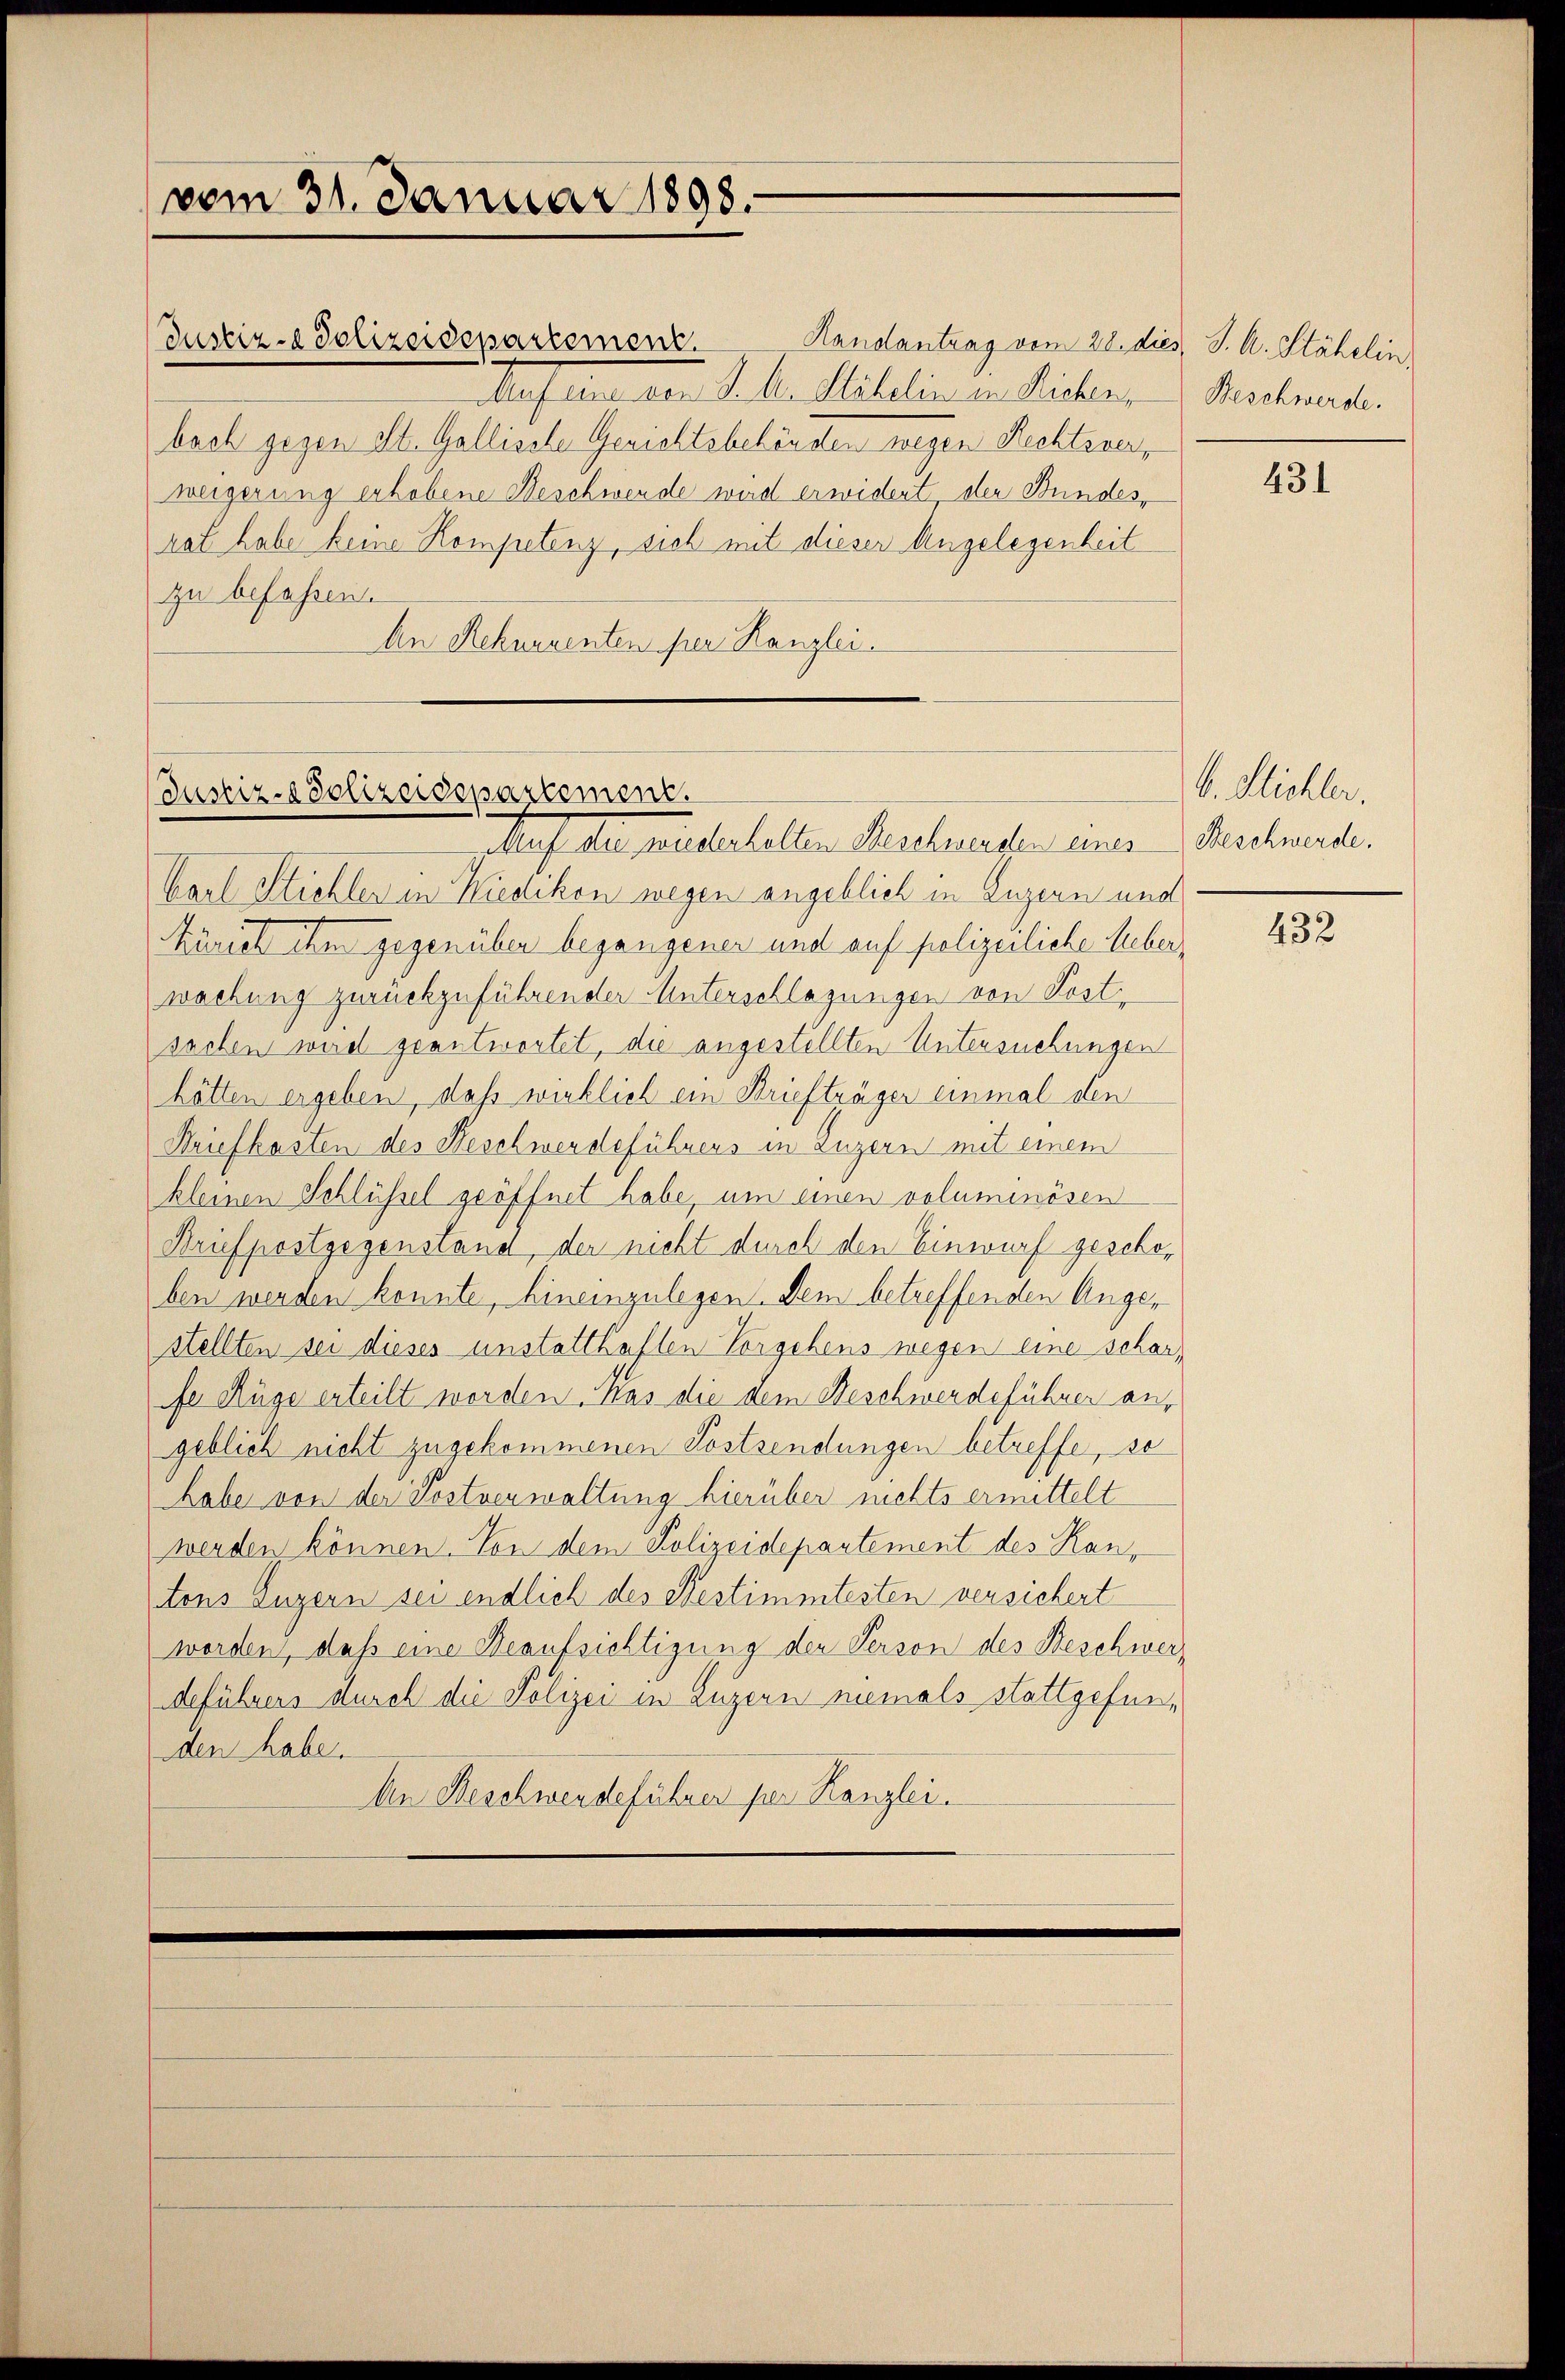
Handantrag vom 28. die
Auf eine von J. A. Stähelin in Richen,
bach gegen St. Gallische Gerichtsbehörden wegen Rechtsverweigerung erhobene Beschwende wird erwidert der Bundesrat habe keine Kompetenz, sich mit dieser Angelegenheit
zu befassen.
An Rekurrenten per Kanzlei.

vom 31. Januar 1898.

Justiz - Polizeidepartement.

Justiz-Polizeidepartement.
Auf die wiederholten Beschwenden einer

Karl Stichler in Wiedikon wegen angeblich in Luzern und
kürist ihm gegenüber begangener und auf polizeiliche Leberwachung zurückzuführender Unterschlagungen von Kost
sachen wird geantwortet, die angestellten Untersuchungen
hötten ergeben, daß wirklich ein Briefträger einmal den
Briefkasten des Beschwerdeführens in Luzern mit einem
kleinen Schlüssel geöffnet habe, um einen voluminösen
Briefpostgegenstand, der nicht durch den Einwurf geschoben werden konnte, hineinzulegen. Dem betreffenden Angestellten sei dieses unstatthaften Vorgehens wegen eine scharfe Rüge erteilt worden. Was die dem Beschwerdeführer an,
geblich nicht zugekommenen Postsendungen betreffe, so
habe von der Postverwaltung hierüber nichts ermittelt
werden können. Von dem Polizeidepartement des Kantons Luzern sei endlich des Bestimmtesten versichert
worden, daß eine Beaufsichtigung der Person des Beschwerdeführers durch die Polizei in Luzern niemals stattgefunden habe.
Aen Beschwerdeführer per Kanzlei.

3 J. A. Stähelin
Beschwerde.

431

b. Flichter.
Beschwerde.

432